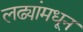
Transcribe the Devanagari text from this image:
लढ्यांमधून